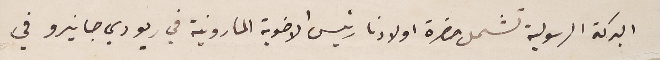
البركة الرسولية تشمل حضرة اولادنا رئيس الاخوية المارونية في ريو دي جانيرو في